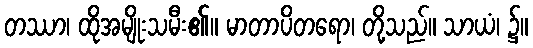
တဿာ၊ ထိုအမျိုးသမီး၏။ မာတာပိတရော၊ တို့သည်။ သာယံ၊ ၌။